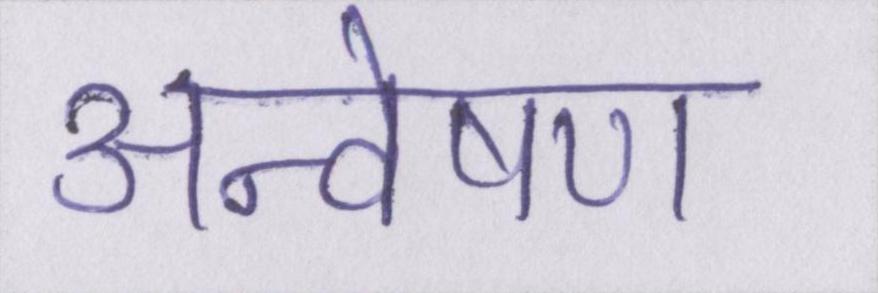
अन्वेषण